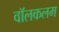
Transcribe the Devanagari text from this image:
वॉलकलम